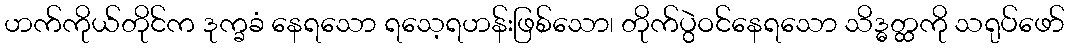
ဟက်ကိုယ်တိုင်က ဒုက္ခခံ နေရသော ရသေ့ရဟန်းဖြစ်သော၊ တိုက်ပွဲဝင်နေရသော သိဒ္ဓတ္ထကို သရုပ်ဖော်